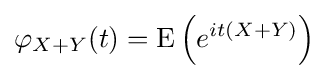
\varphi _{X+Y}(t)=\operatorname {E} \left(e^{it(X+Y)}\right)